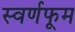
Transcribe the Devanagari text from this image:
स्वर्णफूम